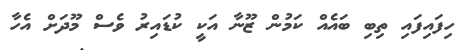
ހިފައިފައި ތިބި ބައެއް ކަމުން ޒޫނާ އަކީ ކުޑައިރު ވެސް މޫދަށް އެހާ